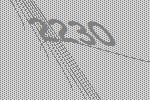
2230